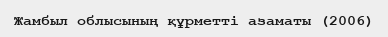
Жамбыл облысының құрметті азаматы (2006)